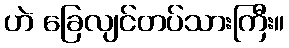
ဟဲ ခြေလျင်တပ်သားကြီး။